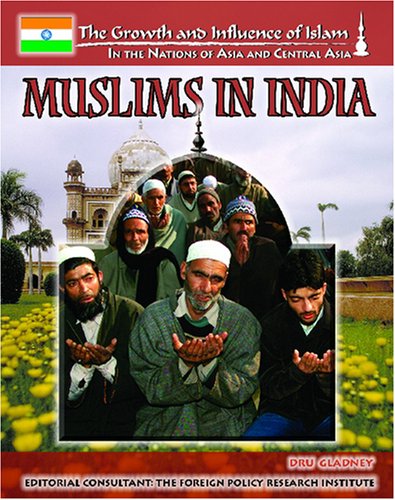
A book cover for Muslims In India (The Growth and Influence of Islam in the Nations of Asia and Central Asia); Mohammad Patel; Teen & Young Adult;